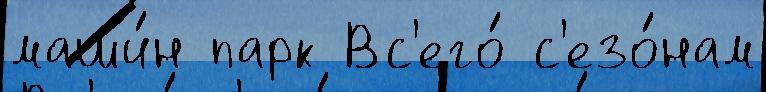
маши́н парк Вс'его́ с'езо́нам